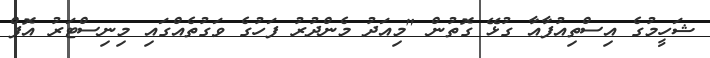
ޝަހީމުގެ އިސްތިއުފާއާ ގުޅޭ ގޮތުން "މިއަދު މެންދުރު ފަހުގެ ވަގުތެއްގައި މިނިސްޓަރު އޮފް